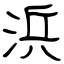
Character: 浜